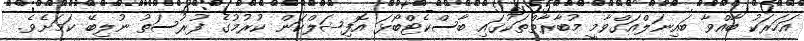
އަހަރަކު ބާއްވާ ބައިނަލްއަގްވާމީ މުބާރާތްތަކުގައި ބާސްކެޓްބޯޅަ އޮފިޝަލްކަން ކުރުމުގެ ފުރުސަތު ނުލިބޭ ކަމަށެވެ.